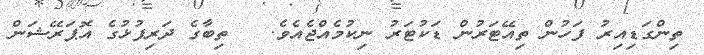
ތިންގަޑިއިރު ފަހުން ތިއޭޓަރުން ޑަކުޓަރު ނިކުމެއްޖެއެވެ.   ތިބާގެ ދަރިފުޅުގެ އޮޕަރޭޝަން